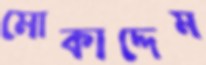
মোকাদ্দেম